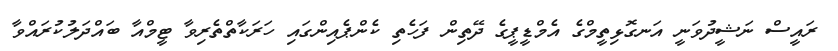
ރައީސް ނަޝީދުވަނީ އަނގޮޅިތީމްގެ އެމްޑީޕީގެ ދޭތިން ފަހެތި ކެންޕެއިންގައި ހަރަކާތްތެރިވާ ޓީމްއާ ބައްދަލުކުރައްވާ